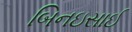
બિનઇસાઈ